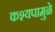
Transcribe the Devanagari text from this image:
कश्यपामुळे